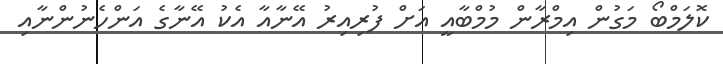
ކޮލަމްބޯ މަގުން އިމްރާން މުމްބާއީ އަށް ފުރިއިރު އޭނާއާ އެކު އޭނާގެ އަންހެނުންނާއި